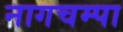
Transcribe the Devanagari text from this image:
नागचम्पा